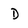
Character: D